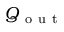
Q _ { \mathrm { ~ o ~ u ~ t ~ } }